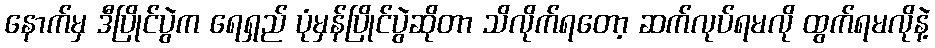
နောက်မှ ဒီပြိုင်ပွဲက ရေရှည် ပုံမှန်ပြိုင်ပွဲဆိုတာ သိလိုက်ရတော့ ဆက်လုပ်ရမလို ထွက်ရမလိုနဲ့